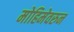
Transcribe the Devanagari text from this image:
मोहिमेवरुन